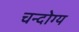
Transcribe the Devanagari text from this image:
चन्दोग्य